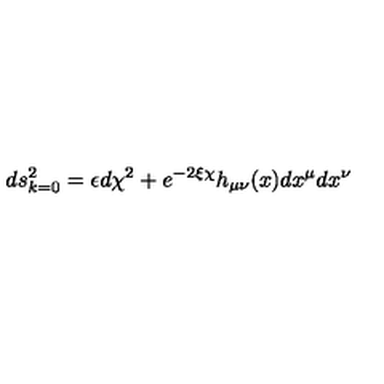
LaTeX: d s _ { k = 0 } ^ { 2 } = \epsilon d \chi ^ { 2 } + e ^ { - 2 \xi \chi } h _ { \mu \nu } ( x ) d x ^ { \mu } d x ^ { \nu }